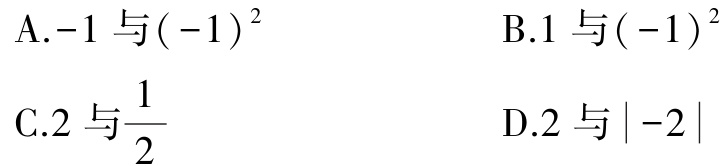
A.$-1$与$(-1)^{2}$

B.$1$与$(-1)^{2}$

C.$2$与$\frac{1}{2}$

D.$2$与$\vert -2\vert$